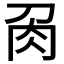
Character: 𭃘